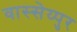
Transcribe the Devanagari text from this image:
वास्सेय्पुर